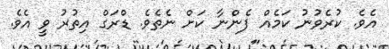
އެވެ. ކުރެވުނު ކަމެއް ފެންނާ ކަށް ނެތެވެ. ޑްރަގް އިތުރު ވީ އެވެ.